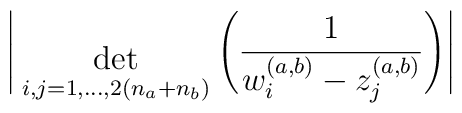
\Bigg|{ \; \atop { \mbox{det} \atop {\scriptstyle i,j=1,...,2(n_a+n_b)} } }\Bigg(\frac{1}{w^{(a,b)}_i - z^{(a,b)}_j} \Bigg) \Bigg|